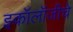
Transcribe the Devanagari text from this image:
इकॉलॉजीचे